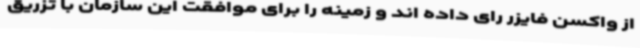
از واکسن فایزر رای داده اند و زمینه را برای موافقت این سازمان با تزریق